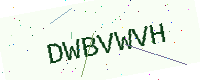
Text: DWBVWVH